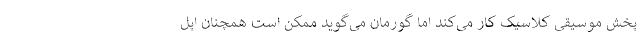
پخش موسیقی کلاسیک کار می‌کند اما گورمان می‌گوید ممکن است همچنان اپل